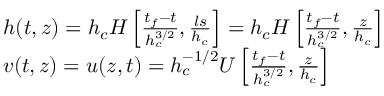
\begin{array} { r l } & { h ( t , z ) = h _ { c } H \left[ \frac { t _ { f } - t } { h _ { c } ^ { 3 / 2 } } , \frac { l s } { h _ { c } } \right] = h _ { c } H \left[ \frac { t _ { f } - t } { h _ { c } ^ { 3 / 2 } } , \frac { z } { h _ { c } } \right] } \\ & { v ( t , z ) = u ( z , t ) = h _ { c } ^ { - 1 / 2 } U \left[ \frac { t _ { f } - t } { h _ { c } ^ { 3 / 2 } } , \frac { z } { h _ { c } } \right] } \end{array}